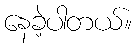
နေခဲ့ပါတယ်။